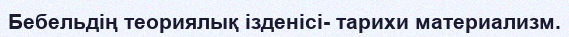
Бебельдің теориялық ізденісі- тарихи материализм.